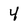
Character: 4